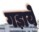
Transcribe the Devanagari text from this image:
गड़ाये